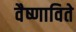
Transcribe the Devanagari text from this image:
वैष्णाविते